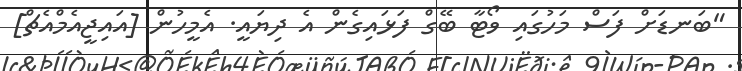
"ބަނޑަށް ފަސް މަހުގައި ވޯޓާ ބޭގް ފަޅައިގެން އެ ދިޔައީ. އެމީހުން [އައިޖީއެމްއެޗް]